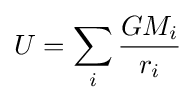
U=\sum _{i}{\frac {GM_{i}}{r_{i}}}